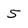
Character: 5